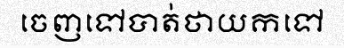
ចេញទៅបាត់ថាយកទៅ